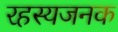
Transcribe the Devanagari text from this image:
रहस्यजनक